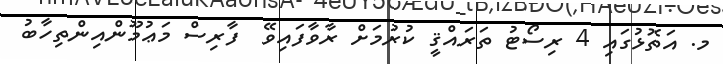
މ. އަތޮޅުގައި 4 ރިސޯޓު ތަރައްޤީ ކުރުމަށް ރާވާފައިވޭ  ފާރިސް މަޢުމޫންއިންތިހާބު